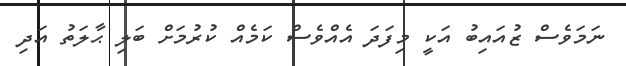
ނަމަވެސް ޒުއައިބު އަކީ މިފަދަ އެއްވެސް ކަމެއް ކުރުމަށް ބަލި ޙާލަތު އަދި